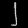
Digit: ၂